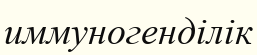
иммуногенділік